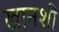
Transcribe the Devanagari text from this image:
खानशी